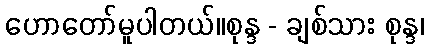
ဟောတော်မူပါတယ်။စုန္ဒ - ချစ်သား စုန္ဒ၊